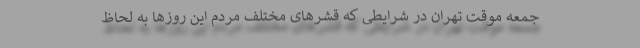
جمعه موقت تهران در شرایطی که قشرهای مختلف مردم این روزها به لحاظ